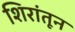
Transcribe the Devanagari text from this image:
शिरांतून